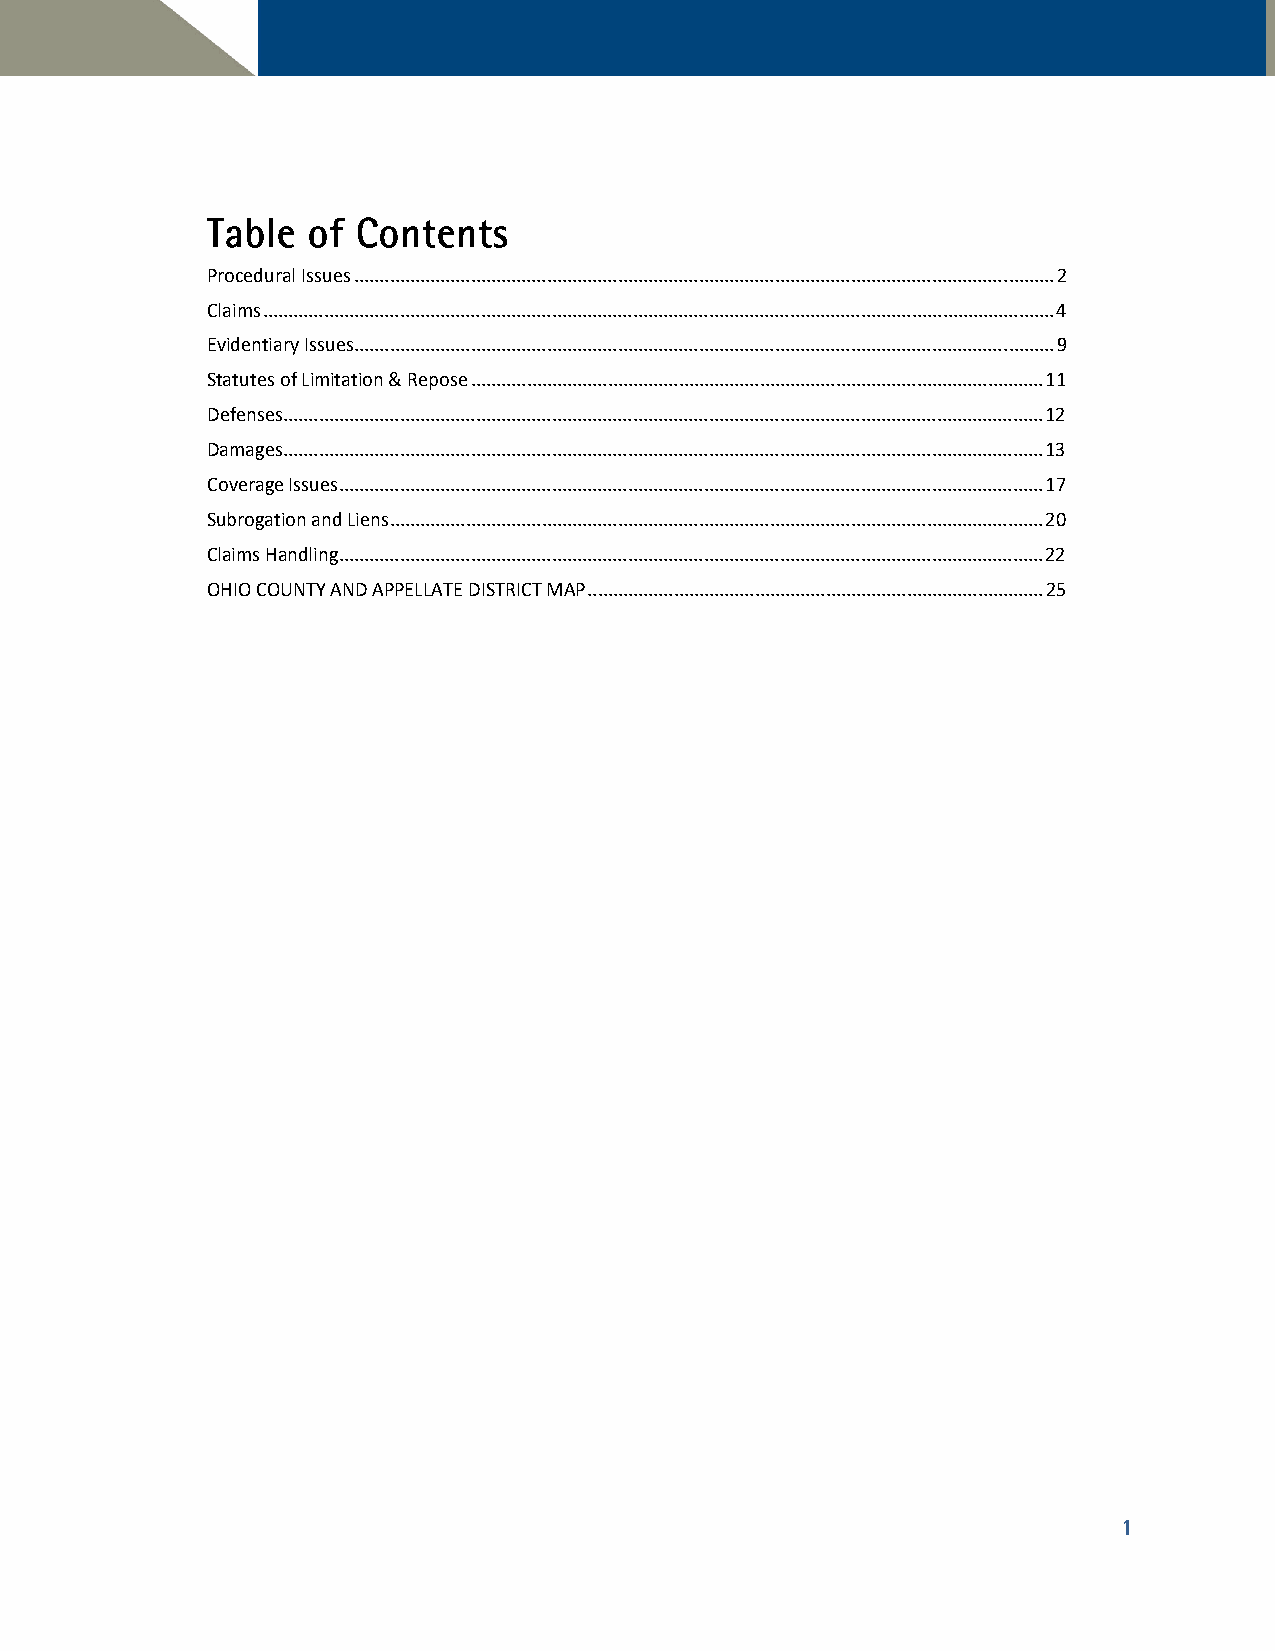
TTaabbllee ooff CCoonntteennttss
 Procedural Issues .......................................................................................................................................... 2
 Claims ............................................................................................................................................................ 4
 Evidentiary Issues .......................................................................................................................................... 9
 Statutes of Limitation & Repose ................................................................................................................. 11
 Defenses ...................................................................................................................................................... 12
 Damages ...................................................................................................................................................... 13
 Coverage Issues ........................................................................................................................................... 17
 Subrogation and Liens ................................................................................................................................. 20
 Claims Handling ........................................................................................................................................... 22
 OHIO COUNTY AND APPELLATE DISTRICT MAP .......................................................................................... 25
 1